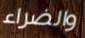
والضراء